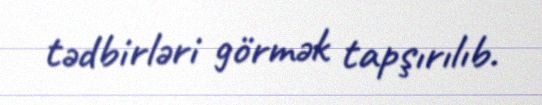
tədbirləri görmək tapşırılıb.